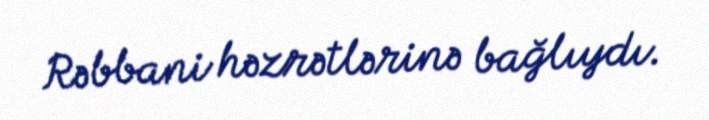
Rəbbani həzrətlərinə bağlıydı.